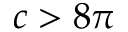
c > 8 \pi